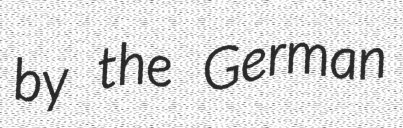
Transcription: by the German